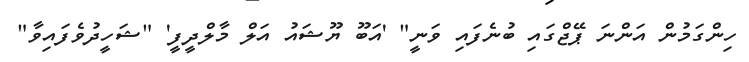
ހިންގަމުން އަންނަ ޕޭޖްގައި ބުނެފައި ވަނީ" 'އަބޫ ޔޫޝައު އަލް މާލްދީފީ' "ޝަހީދުވެފައިވާ"